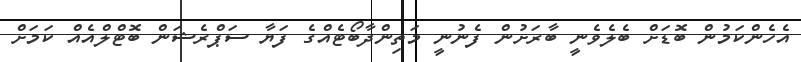
އެހެންކަމުން ބޮޑަށް ބެލެވެނީ ބާރަށުން ފެނުނީ މަތިންދާބޯޓެއްގެ ފަޔާ ސަޕްރެޝަން ބޮޓްލްއެއް ކަމަށް